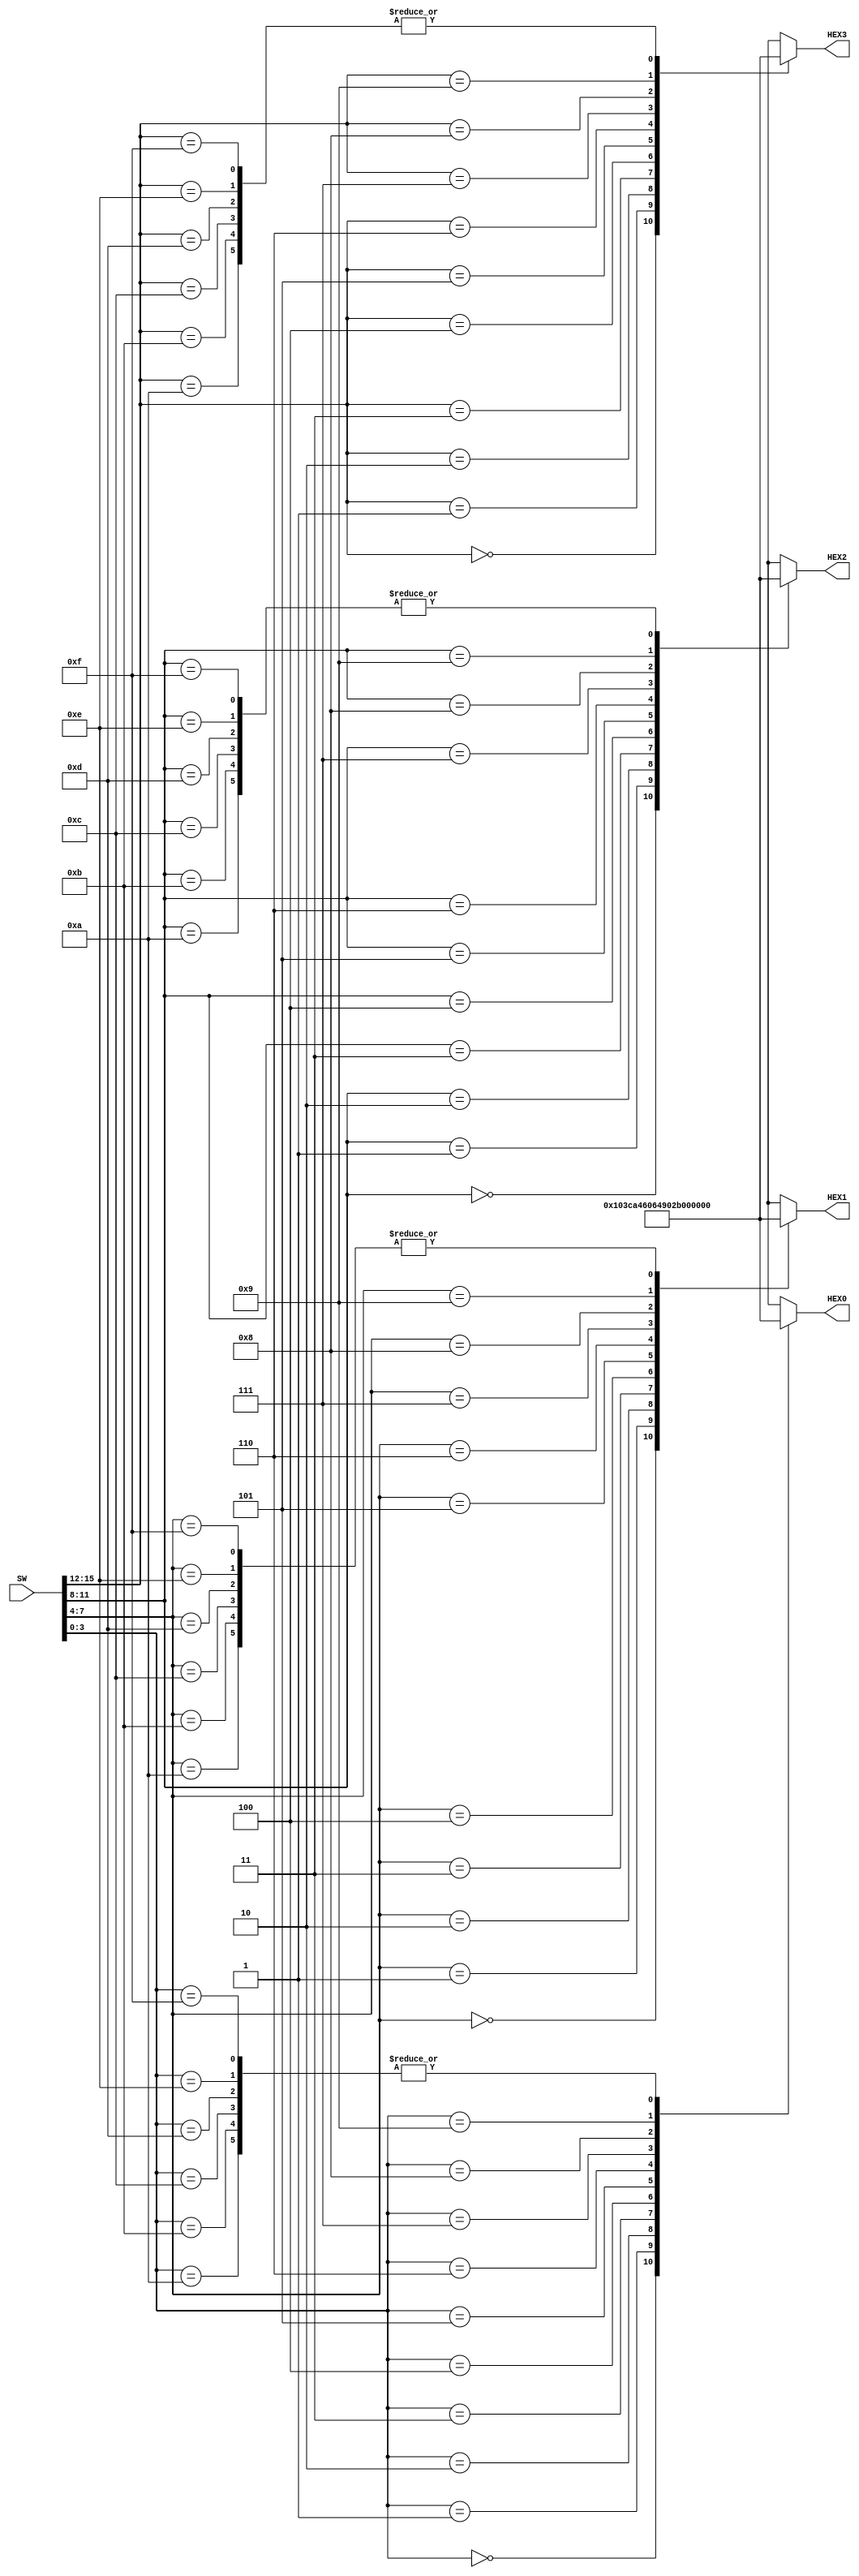
module part1(SW, HEX0, HEX1, HEX2, HEX3);
	input [15:0] SW;
	output reg [6:0] HEX0, HEX1, HEX2, HEX3;
	
	reg [6:0] ZERO = 7'b1000000;
	reg [6:0] UM = 7'b1111001;
	reg [6:0] DOIS = 7'b0100100;
	reg [6:0] TRES = 7'b0110000;
	reg [6:0] QUATRO = 7'b0011001;
	reg [6:0] CINCO = 7'b0010010;
	reg [6:0] SEIS = 7'b0000010;
	reg [6:0] SETE = 7'b1011000;
	reg [6:0] OITO = 7'b0000000;
	reg [6:0] NOVE = 7'b0010000;
	reg [6:0] NULL = 7'b1111111;
	
	always@(SW)
	begin
			case(SW[3:0])
				4'b0000 : HEX0 = ZERO;
				4'b0001 : HEX0 = UM;
				4'b0010 : HEX0 = DOIS;
				4'b0011 : HEX0 = TRES;
				4'b0100 : HEX0 = QUATRO;
				4'b0101 : HEX0 = CINCO;
				4'b0110 : HEX0 = SEIS;
				4'b0111 : HEX0 = SETE;
				4'b1000 : HEX0 = OITO;
				4'b1001 : HEX0 = NOVE;
				4'b1010 : HEX0 = NULL;
				4'b1011 : HEX0 = NULL;
				4'b1100 : HEX0 = NULL;
				4'b1101 : HEX0 = NULL;
				4'b1110 : HEX0 = NULL;
				4'b1111 : HEX0 = NULL;
	
			endcase
			case(SW[7:4])
				4'b0000 : HEX1 = ZERO;
				4'b0001 : HEX1 = UM;
				4'b0010 : HEX1 = DOIS;
				4'b0011 : HEX1 = TRES;
				4'b0100 : HEX1 = QUATRO;
				4'b0101 : HEX1 = CINCO;
				4'b0110 : HEX1 = SEIS;
				4'b0111 : HEX1 = SETE;
				4'b1000 : HEX1 = OITO;
				4'b1001 : HEX1 = NOVE;
				4'b1010 : HEX1 = NULL;
				4'b1011 : HEX1 = NULL;
				4'b1100 : HEX1 = NULL;
				4'b1101 : HEX1 = NULL;
				4'b1110 : HEX1 = NULL;
				4'b1111 : HEX1 = NULL;
			endcase
				case(SW[11:8])
				4'b0000 : HEX2 = ZERO;
				4'b0001 : HEX2 = UM;
				4'b0010 : HEX2 = DOIS;
				4'b0011 : HEX2 = TRES;
				4'b0100 : HEX2 = QUATRO;
				4'b0101 : HEX2 = CINCO;
				4'b0110 : HEX2 = SEIS;
				4'b0111 : HEX2 = SETE;
				4'b1000 : HEX2 = OITO;
				4'b1001 : HEX2 = NOVE;
				4'b1010 : HEX2 = NULL;
				4'b1011 : HEX2 = NULL;
				4'b1100 : HEX2 = NULL;
				4'b1101 : HEX2 = NULL;
				4'b1110 : HEX2 = NULL;
				4'b1111 : HEX2 = NULL;
			endcase
			case(SW[15:12])
				4'b0000 : HEX3 = ZERO;
				4'b0001 : HEX3 = UM;
				4'b0010 : HEX3 = DOIS;
				4'b0011 : HEX3 = TRES;
				4'b0100 : HEX3 = QUATRO;
				4'b0101 : HEX3 = CINCO;
				4'b0110 : HEX3 = SEIS;
				4'b0111 : HEX3 = SETE;
				4'b1000 : HEX3 = OITO;
				4'b1001 : HEX3 = NOVE;
				4'b1010 : HEX3 = NULL;
				4'b1011 : HEX3 = NULL;
				4'b1100 : HEX3 = NULL;
				4'b1101 : HEX3 = NULL;
				4'b1110 : HEX3 = NULL;
				4'b1111 : HEX3 = NULL;
			endcase
		end
		
endmodule